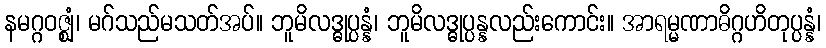
နမဂ္ဂဝဇ္ဈံ၊ မဂ်သည်မသတ်အပ်။ ဘူမိလဒ္ဓုပ္ပန္နံ၊ ဘူမိလဒ္ဓုပ္ပန္နလည်းကောင်း။ အာရမ္မဏာဓိဂ္ဂဟိတုပ္ပန္နံ၊